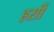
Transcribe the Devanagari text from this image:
हर्सी